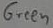
Text: Green